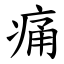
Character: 痛